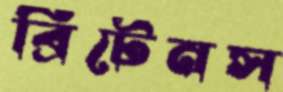
ব্রিটেনস